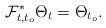
LaTeX: \begin{align*}\mathcal{F}_{t,t_o}^*\Theta_t=\Theta_{t_o}.\end{align*}